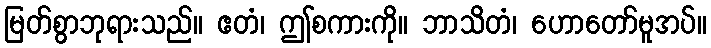
မြတ်စွာဘုရားသည်။ ဧတံ၊ ဤစကားကို။ ဘာသိတံ၊ ဟောတော်မူအပ်။